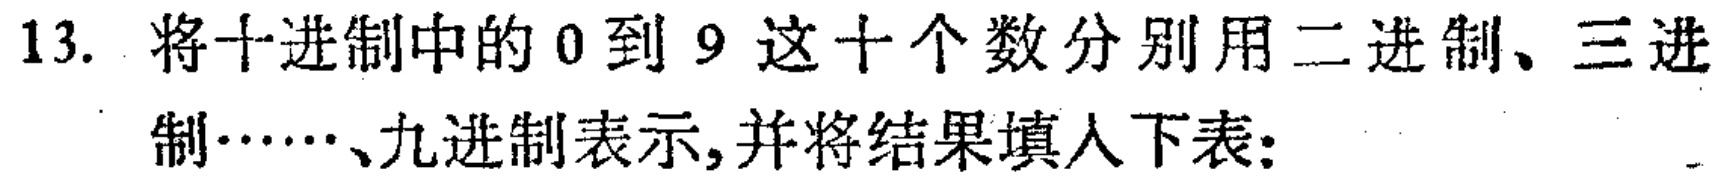
13. 将十进制中的 0 到 9 这十个数分别用二进制、三进制……、九进制表示,并将结果填入下表: